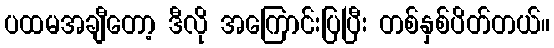
ပထမအချီတော့ ဒီလို အကြောင်းပြပြီး တစ်နှစ်ပိတ်တယ်။